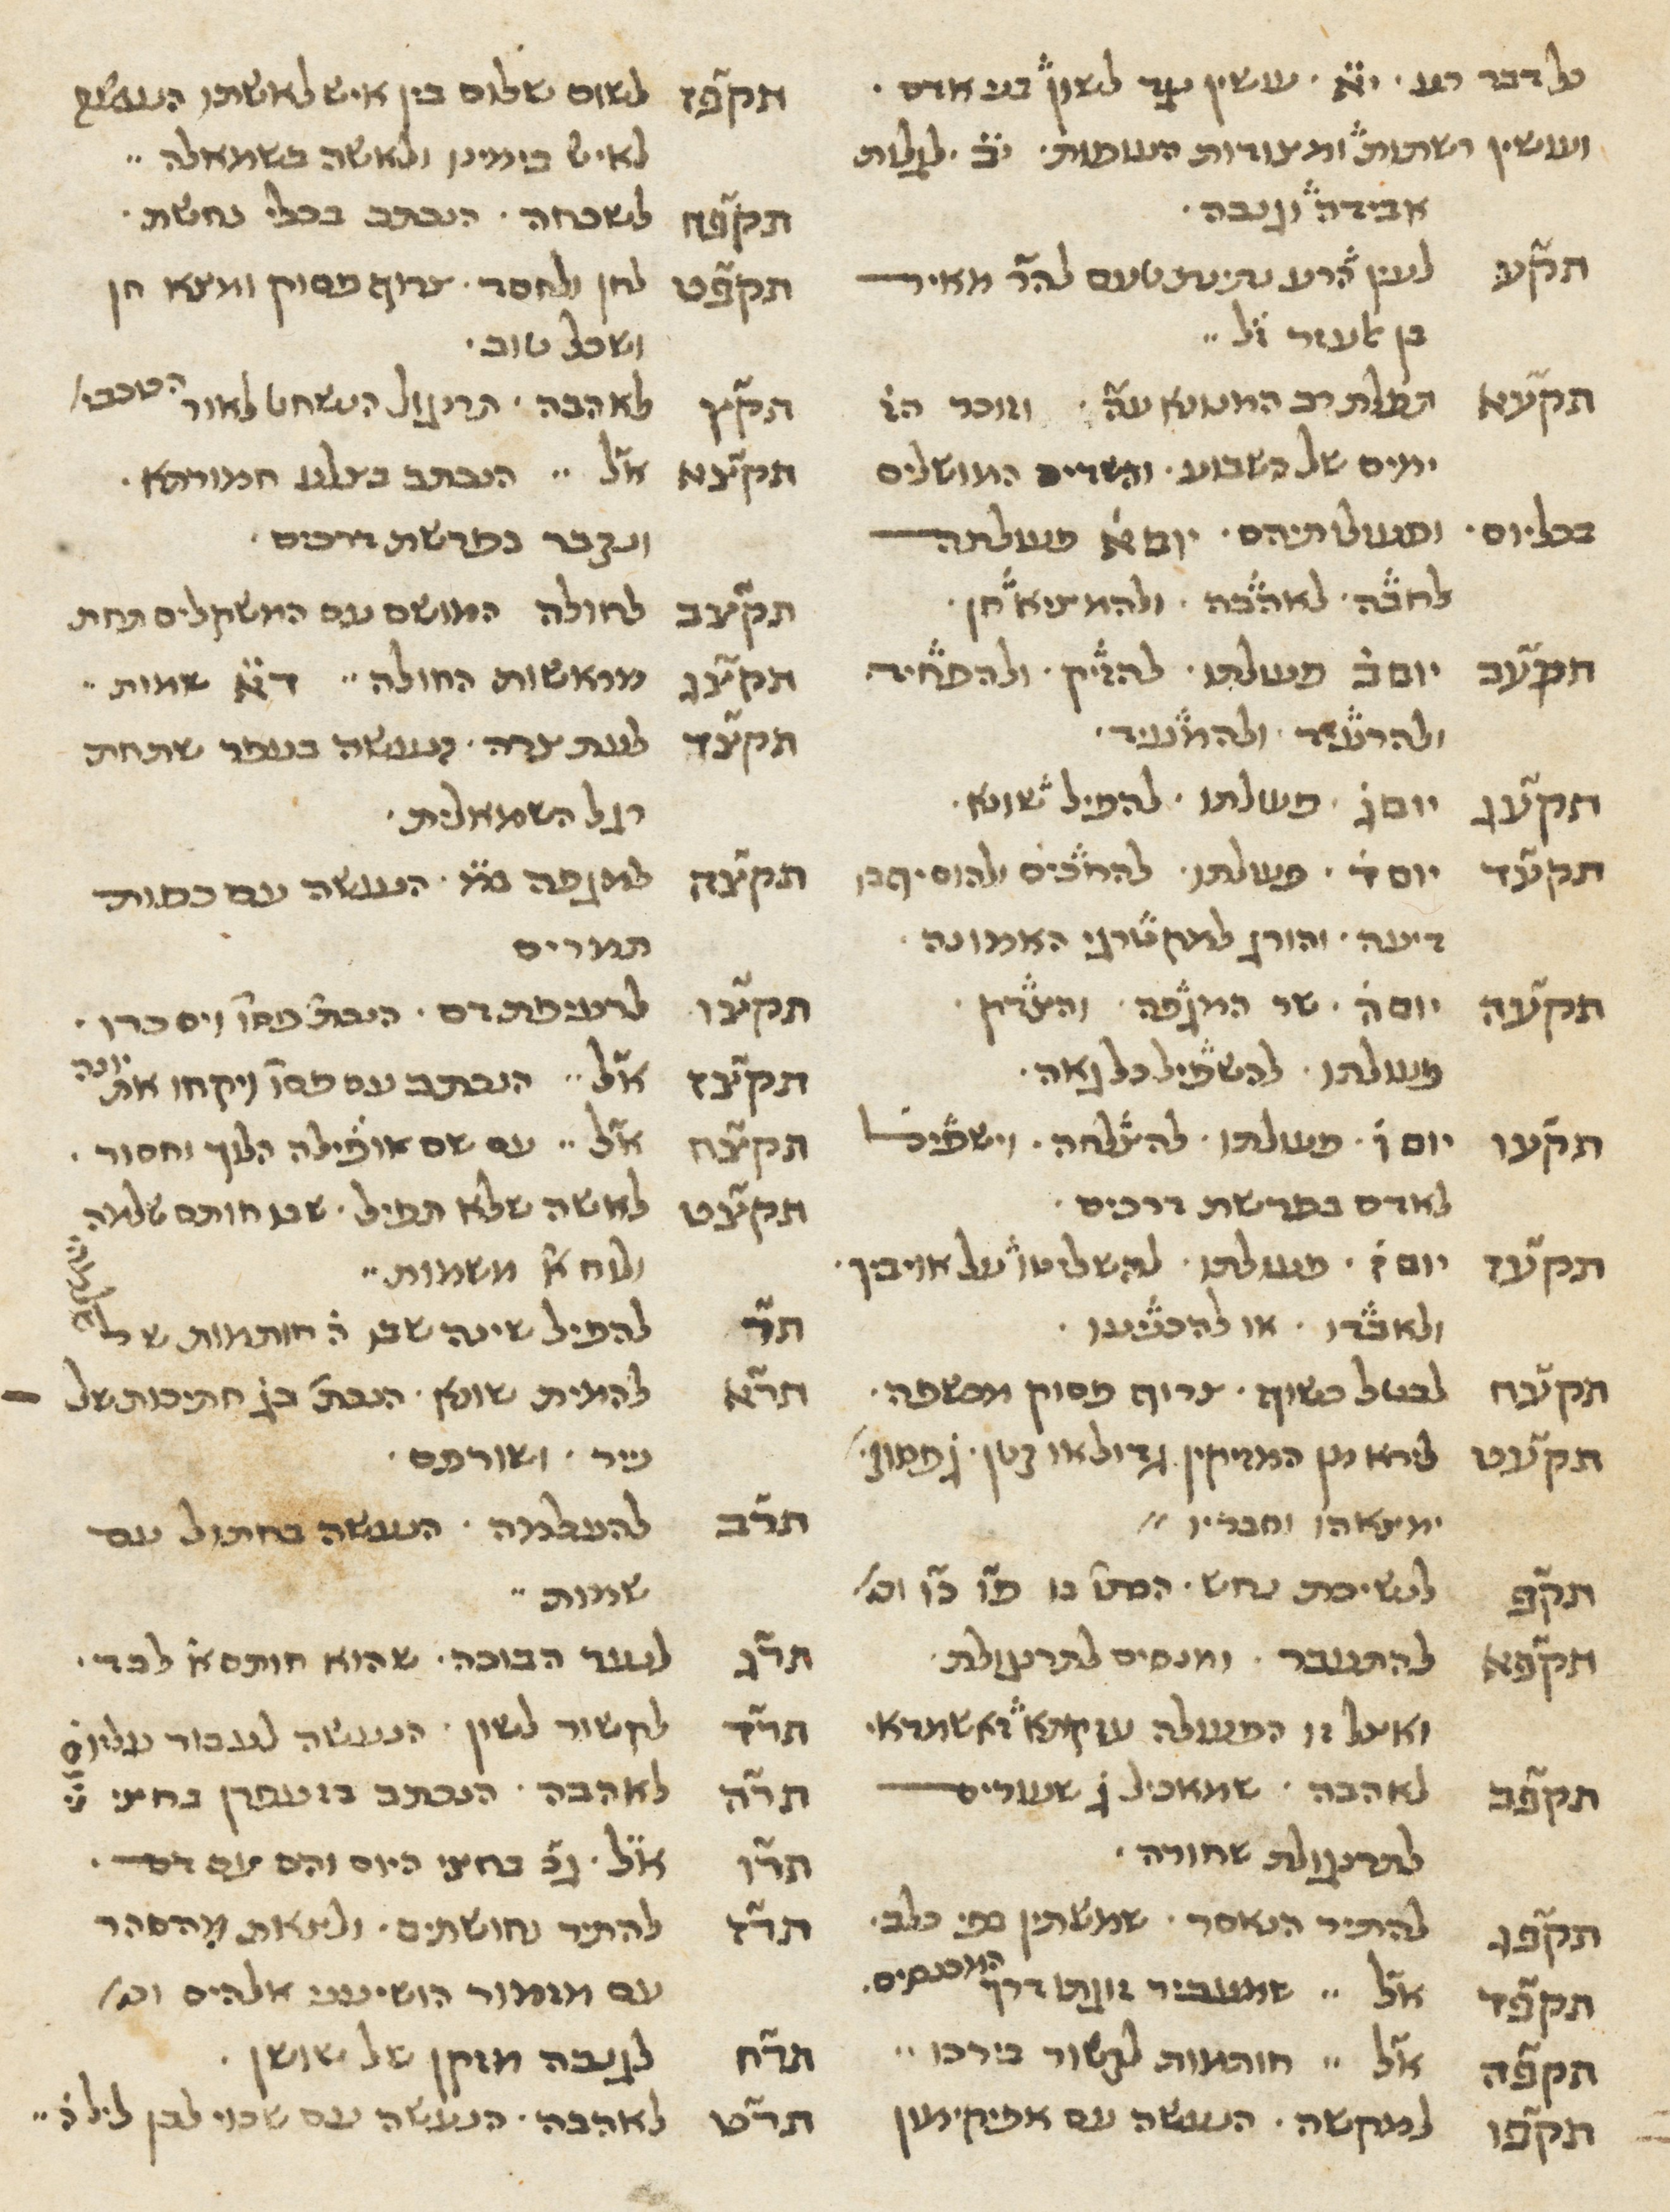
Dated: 1400–1799